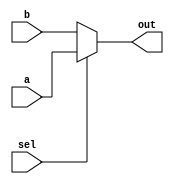
`timescale 1ns / 1ns
//////////////////////////////////////////////////////////////////////////////////
// Module Name:    MUX 
//////////////////////////////////////////////////////////////////////////////////
module MUX(input [10:0] a, input [10:0] b, input sel, output [10:0] out
    );

assign out = sel ? a : b;
endmodule